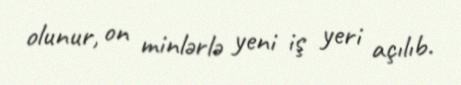
olunur, on minlərlə yeni iş yeri açılıb.